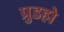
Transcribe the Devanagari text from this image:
प्रुडहो